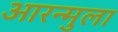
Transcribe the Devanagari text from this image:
आरन्मुला